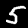
Digit: 5